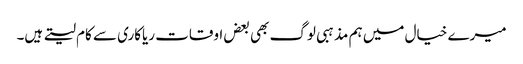
میرے خیال میں ہم مذہبی لوگ بھی بعض اوقات ریاکاری سے کام لیتے ہیں۔